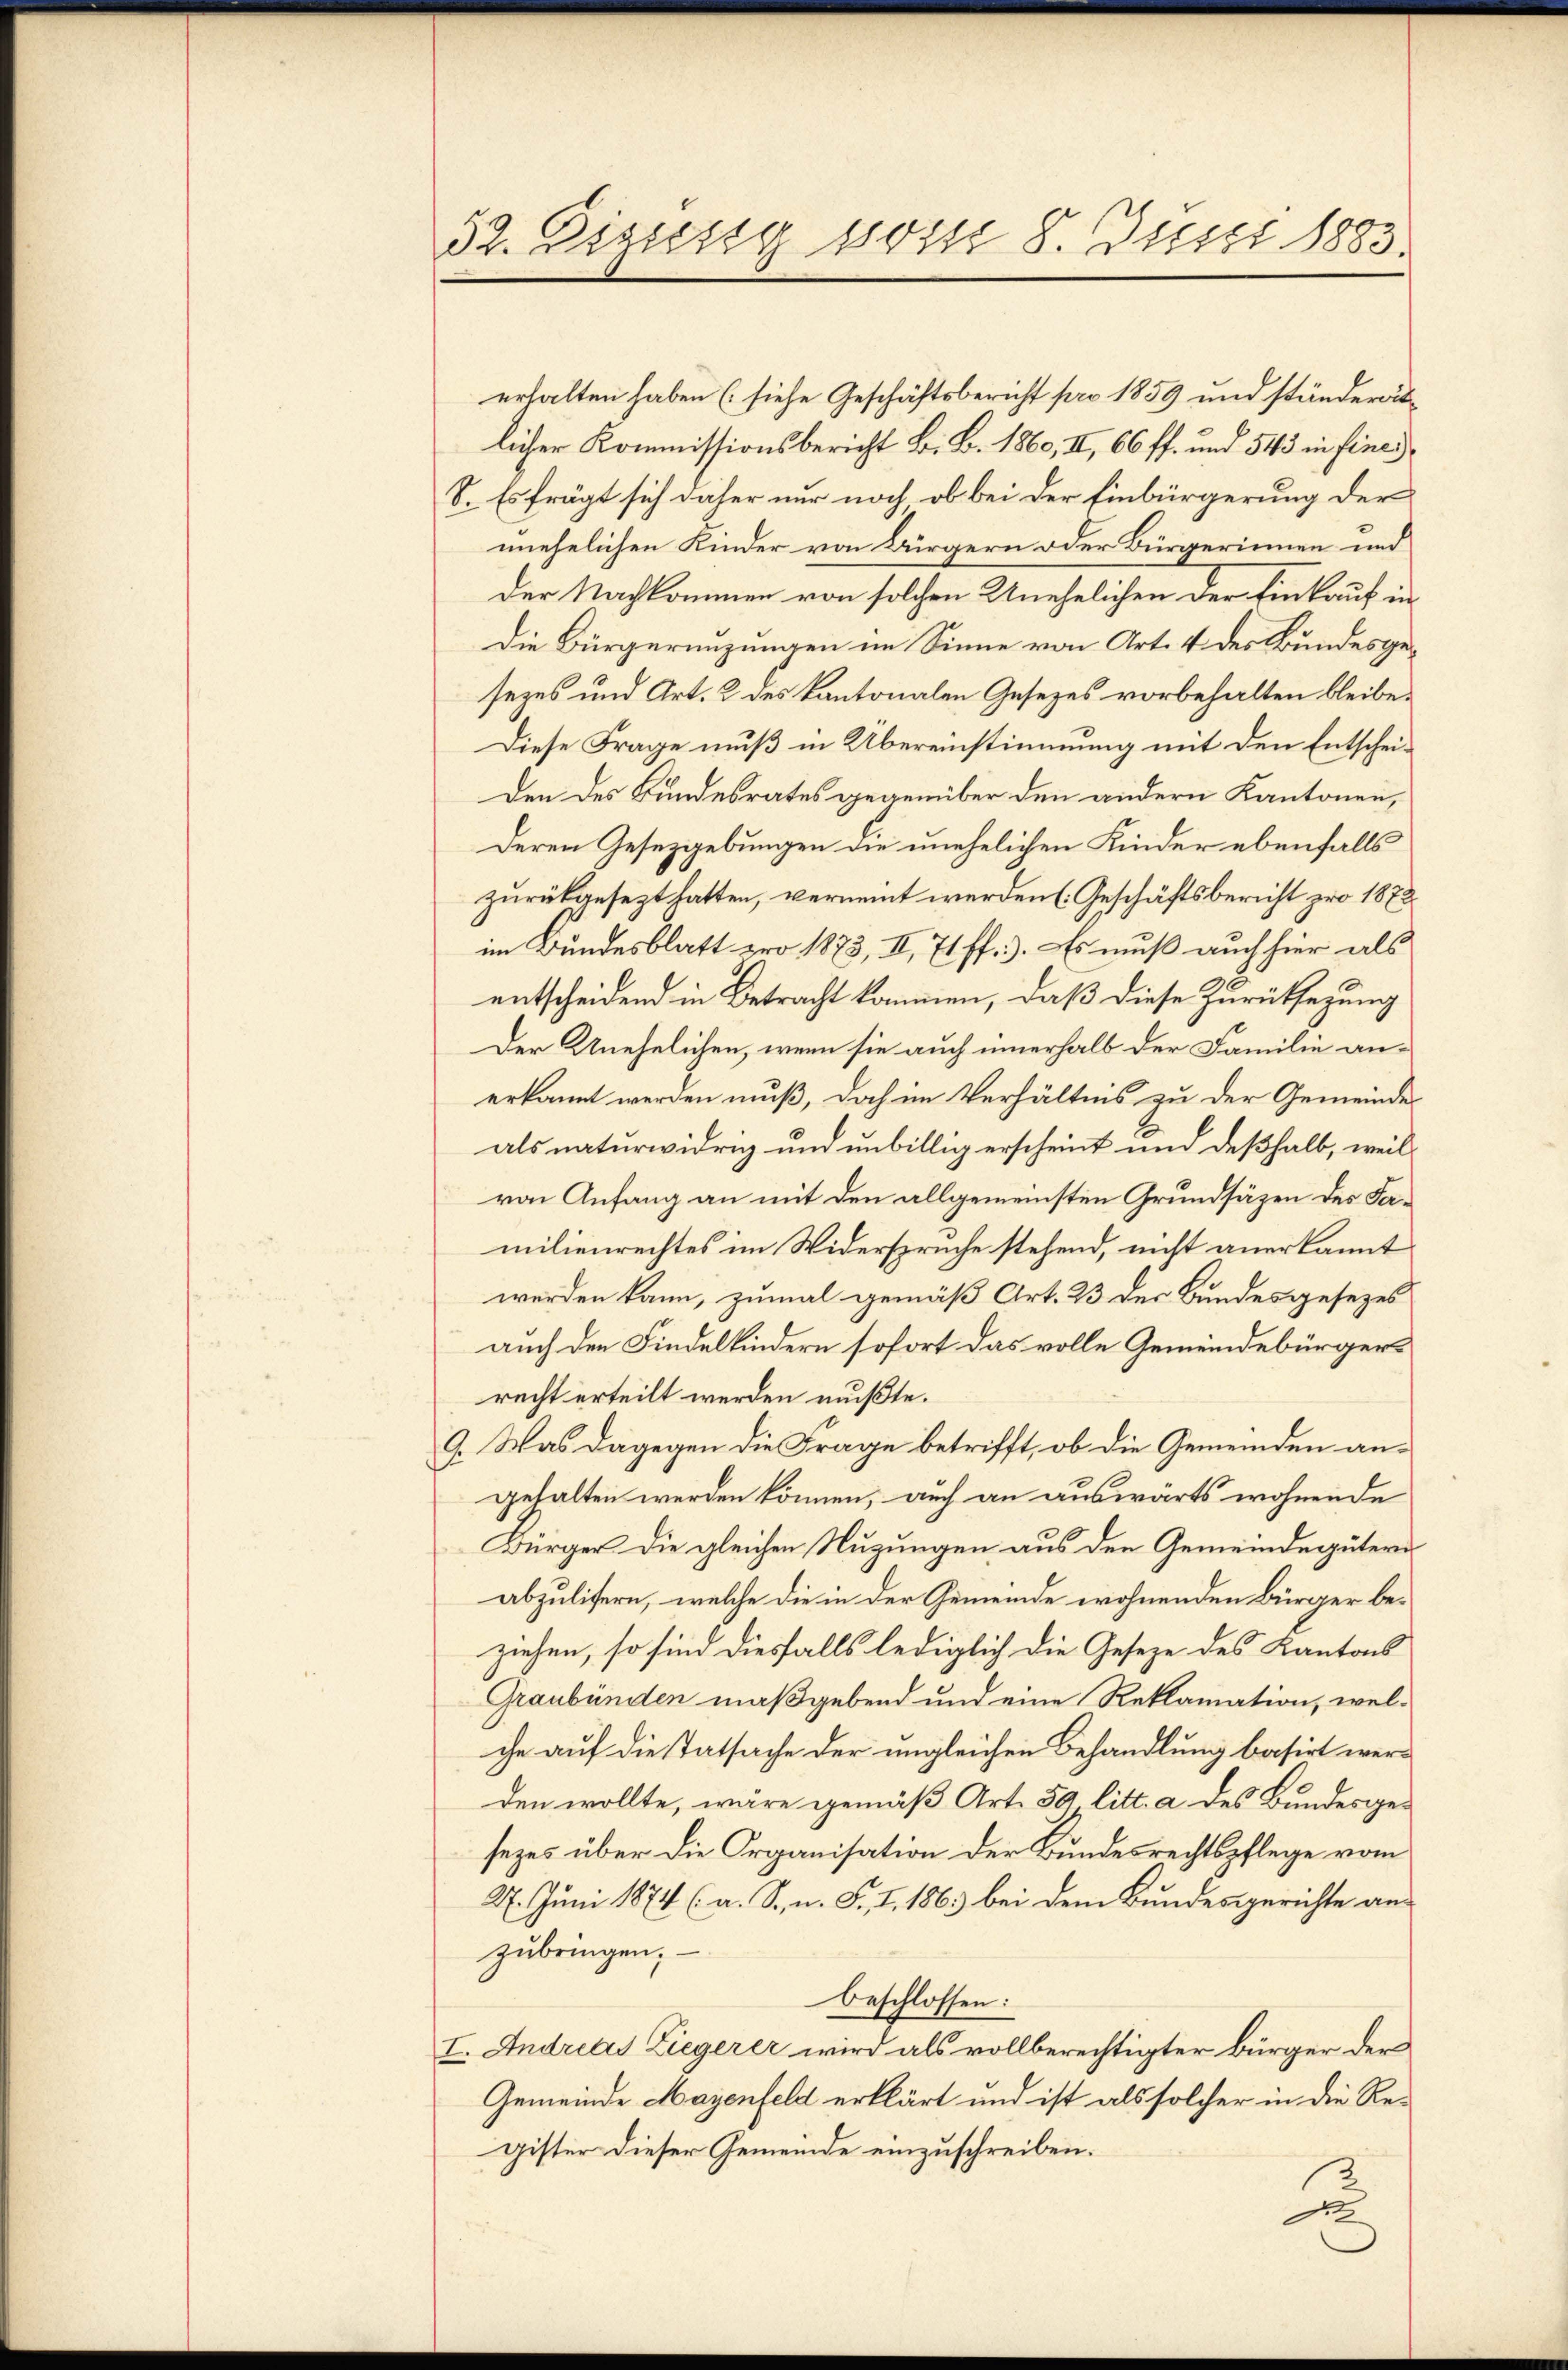
52. Dieses vom 8. Juni 1883.

erhalten haben (siehe Geschäftsbericht pro 1859 und ständerätlicher Kommissionsbericht B. B. 1860, II, 66 ff. und 543 in fine
S. Es frägt sich daher nur noch, ob bei der Einbürgerung der
unehelichen Kinder von Bürgern oder Bürgerinnen und
Der Nachkommen von solchen Unehelichen der Einkauf in
Die Bürgerenzungen im Sinne von Art. 4 des Bundesgesezes und Art. 2 des Kantonalen Gesezes vorbehalten bleibe.
Diese Frage muß in Übereinstimmung mit den Entscheiden des Bundesrates gegenüber den andern Kantonen,
Deren Gesetzgebungen die unehelichen Kinder ebenfalls
zurückgesezt hatten, verneint werden (Geschäftsbericht pro 1872
im Bundesblatt pro 1873, II, 71 ff.). Es muß auch hier als
entscheidend in Betracht kommen, daß diese Zurüksezung
Der Unehelichen, wenn sie auch innerhalb der Familie anerkannt werden muß, doch im Verhältnis zu der Gemeindes
als naturwidrig und unbillig erscheint und deßhalb, weil
von Anfang an mit den allgemeinsten Grundsäzen des Familienrechtes im Widersprüche stehend, nicht anerkannt
werden kann, zumal gemäß Art. 23 der Bundesgesezes
auch den Findelkindern sofort das volle Gemeindebürgerrecht erteilt werden mußte.
9. Was dagegen die Frage betrifft, ob die Gemeinden angehalten werden können, auch an auswärts wohnende
Bürger die gleichen Nuzungen aus den Gemeindegütern
abzulisern, welche die in der Gemeinde wohnenden Bürger beziehen, so sind diesfalls lediglich die Geseze des Kantons
Graubünden maßgebend und eine Reklamation, welche auf die Tatsache der ungleichen Behandlung basirt werden wollte, wäre gemäß Art. 50 litt. a des Bundesgesezes über die Organisation der Bundesrechtspflege vom
27. Juni 1874 (a. S., n. F. I. 186) bei dem Bundesgerichte anzubringen;
beschlossen:
I. Andreas Ziegerer wird als vollberechtigter bürger der
Gemeinde Mayenfeld erklärt und ist als solcher in die Re-
gister dieser Gemeinde einzuschreiben.
2